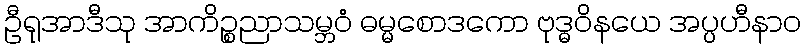
ဦရုအာဒီသု အာကိဉ္စညာသမ္ဘဝံ ဓမ္မစောဒကော ဗုဒ္ဓဝိနယေ အပ္ပဟီနာဝ